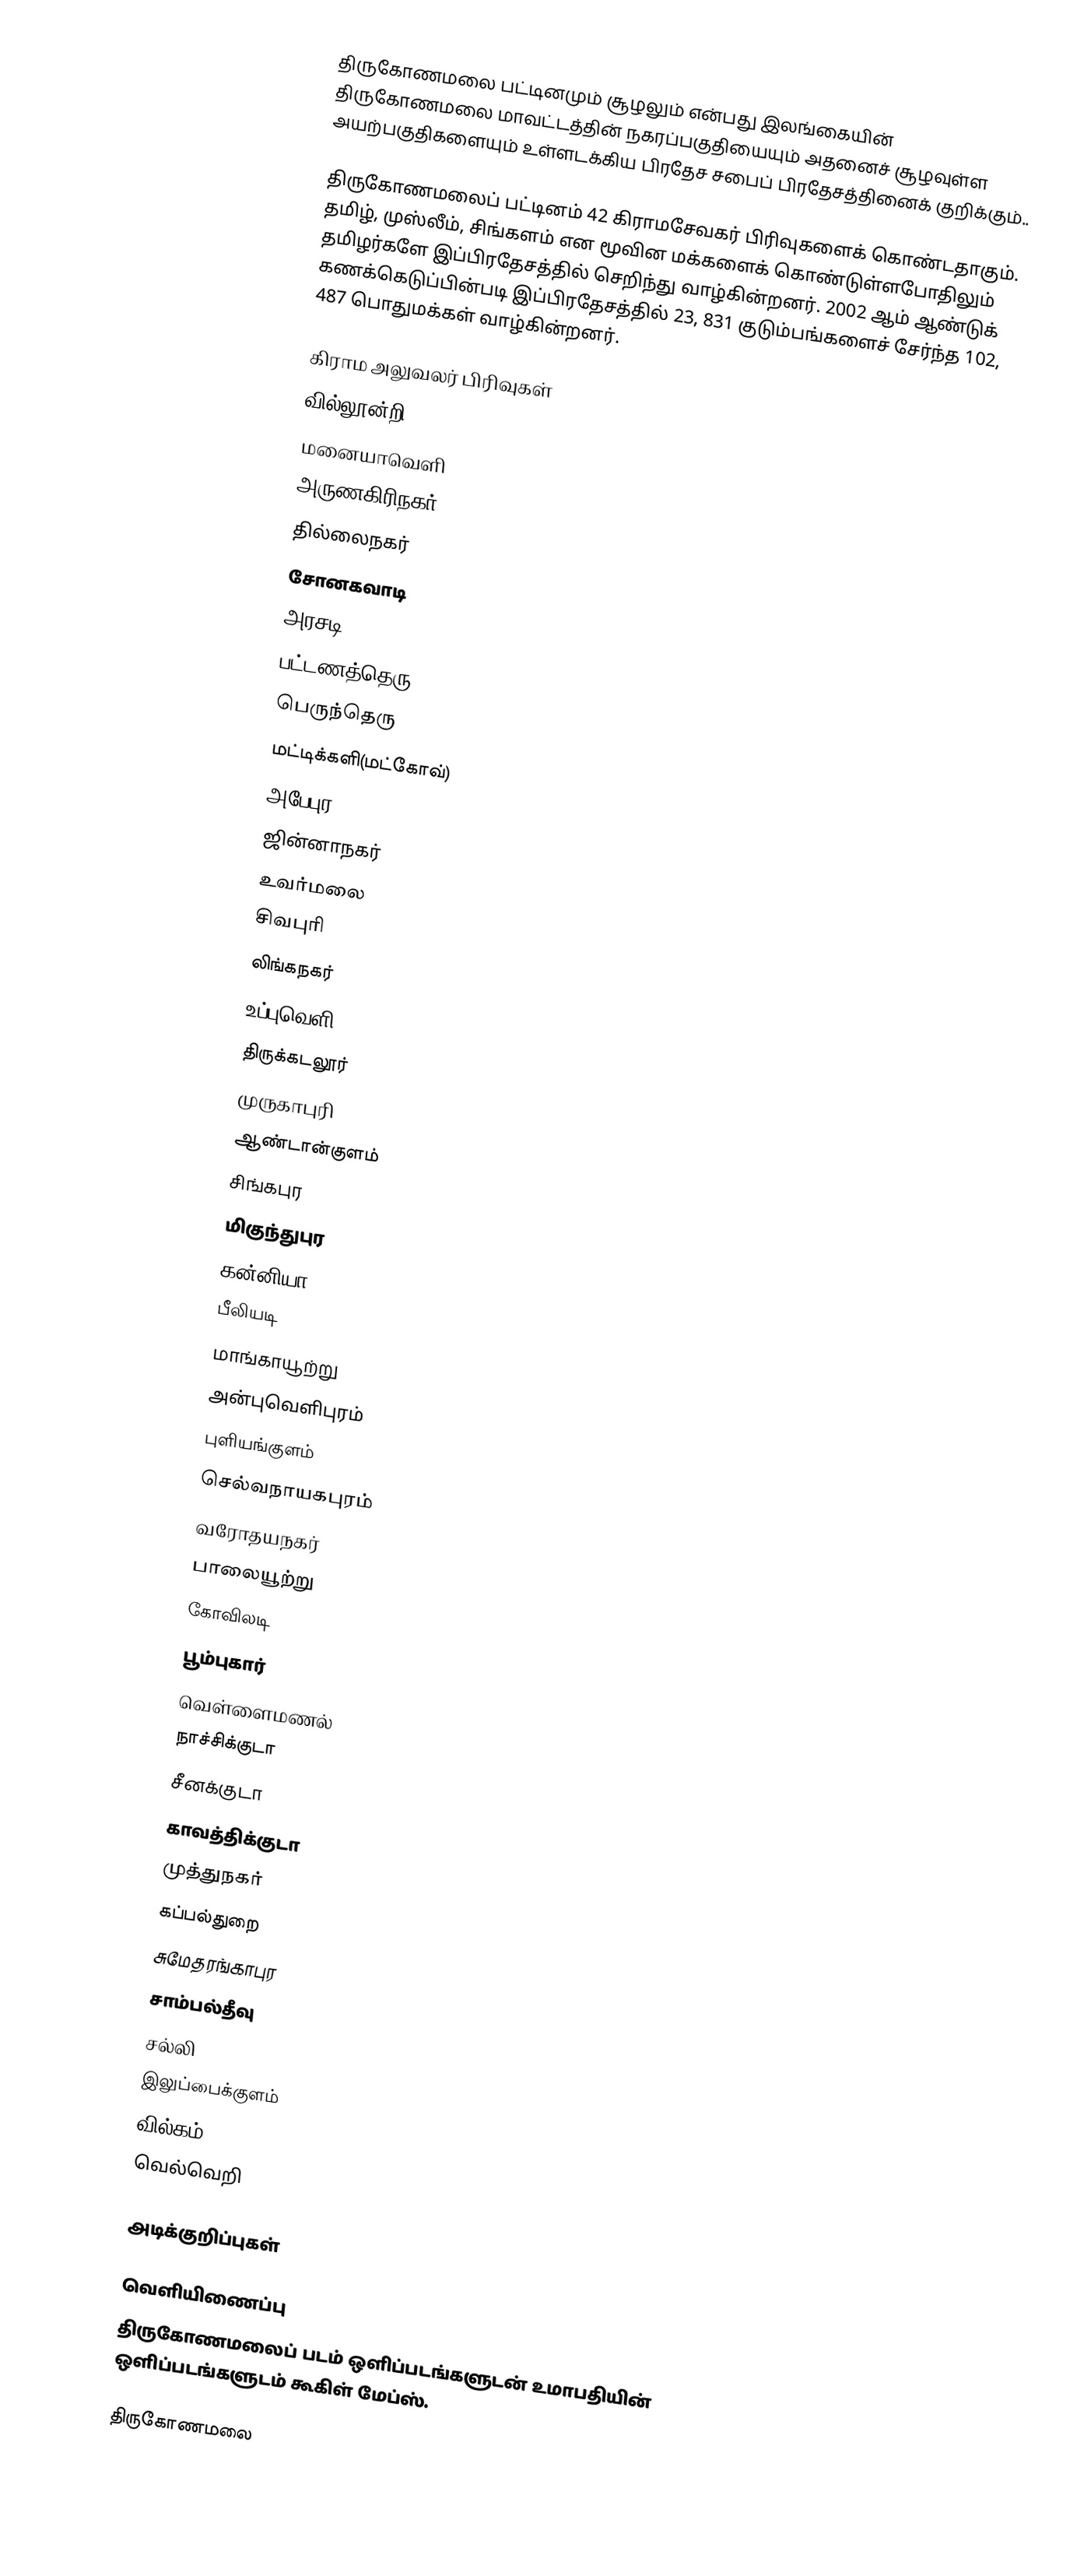
திருகோணமலை பட்டினமும் சூழலும் என்பது இலங்கையின் திருகோணமலை மாவட்டத்தின் நகரப்பகுதியையும் அதனைச் சூழவுள்ள அயற்பகுதிகளையும் உள்ளடக்கிய பிரதேச சபைப் பிரதேசத்தினைக் குறிக்கும்..

திருகோணமலைப் பட்டினம் 42 கிராமசேவகர் பிரிவுகளைக் கொண்டதாகும். தமிழ், முஸ்லீம், சிங்களம் என மூவின மக்களைக் கொண்டுள்ளபோதிலும் தமிழர்களே இப்பிரதேசத்தில் செறிந்து வாழ்கின்றனர். 2002 ஆம் ஆண்டுக் கணக்கெடுப்பின்படி இப்பிரதேசத்தில் 23, 831 குடும்பங்களைச் சேர்ந்த 102, 487 பொதுமக்கள் வாழ்கின்றனர்.

கிராம அலுவலர் பிரிவுகள்
வில்லூன்றி
மனையாவெளி
அருணகிரிநகர்
தில்லைநகர்
சோனகவாடி
அரசடி
பட்டணத்தெரு
பெருந்தெரு
மட்டிக்களி(மட்கோவ்)
அபேபுர
ஜின்னாநகர்
உவர்மலை
சிவபுரி
லிங்கநகர்
உப்புவெளி
திருக்கடலூர்
முருகாபுரி
ஆண்டான்குளம்
சிங்கபுர
மிகுந்துபுர
கன்னியா
பீலியடி
மாங்காயூற்று
அன்புவெளிபுரம்
புளியங்குளம்
செல்வநாயகபுரம்
வரோதயநகர்
பாலையூற்று
கோவிலடி
பூம்புகார்
வெள்ளைமணல்
நாச்சிக்குடா
சீனக்குடா
காவத்திக்குடா
முத்துநகர்
கப்பல்துறை
சுமேதரங்காபுர
சாம்பல்தீவு
சல்லி
இலுப்பைக்குளம்
வில்கம்
வெல்வெறி

அடிக்குறிப்புகள்

வெளியிணைப்பு
திருகோணமலைப் படம் ஒளிப்படங்களுடன்  உமாபதியின் ஒளிப்படங்களுடம் கூகிள் மேப்ஸ்.

திருகோணமலை